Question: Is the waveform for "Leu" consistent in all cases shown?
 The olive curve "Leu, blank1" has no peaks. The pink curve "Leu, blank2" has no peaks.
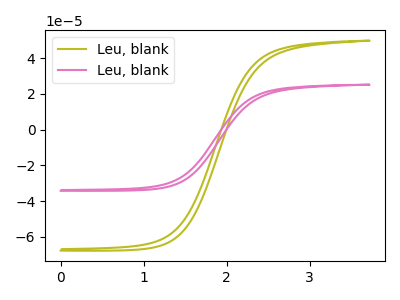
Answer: <think>Neither "Leu, blank1" or "Leu, blank2" have any peaks.
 </think>
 <answer>All the CV's of "Leu" have similar shape.</answer>
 <eval>follow_rule</eval>